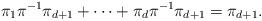
LaTeX: \begin{align*} \pi_1 \pi^{-1} \pi_{d+1} + \cdots + \pi_d \pi^{-1} \pi_{d+1} = \pi_{d+1}.\end{align*}